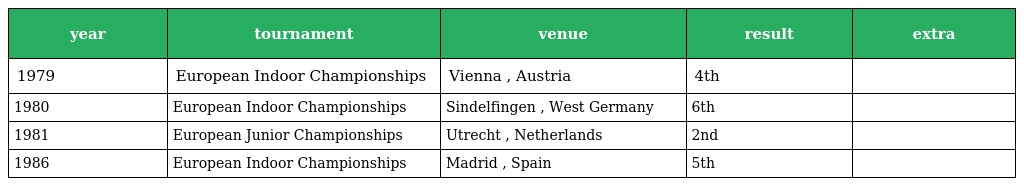
| year | tournament | venue | result | extra |
 | --- | --- | --- | --- | --- |
 | 1979 | European Indoor Championships | Vienna , Austria | 4th |  |
 | 1980 | European Indoor Championships | Sindelfingen , West Germany | 6th |  |
 | 1981 | European Junior Championships | Utrecht , Netherlands | 2nd |  |
 | 1986 | European Indoor Championships | Madrid , Spain | 5th |  |